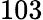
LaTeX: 103